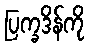
ပြက္ခဒိန်ကို